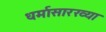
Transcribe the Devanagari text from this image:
धर्मासारख्या